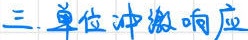
三、单位冲激响应